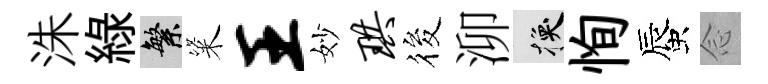
洙綠繁粢王妙珙筱泖换恂蜃𫝹